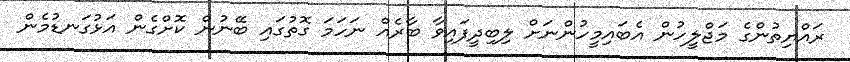
ރައްޔިތުންގެ މަޖްލީހުން އެބައިމީހުންނަށް ލިބިދީފައިވާ ބާރެއް ނަހަމަ ގޮތުގައި ބޭނުން ކޮށްގެން އަޅުގަނޑުމެން